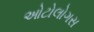
ઓટોલોગસ